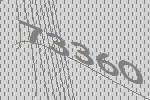
73360